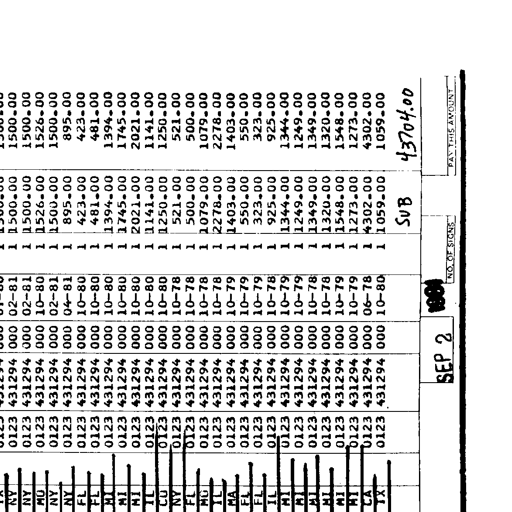
NY 0123 431294 000 02-81 1 1500.00 1500.00
NY 0123 431294 000 02-81 1 1500.00 1500.00
MO 0123 431294 000 10-80 1 1526.00 1526.00
NY 0123 431294 000 02-81 1 1500.00 1500.00
NY 0123 431294 000 04-81 1 895.00 895.00
FL 0123 431294 000 10-80 1 423.00 423.00
FL 0123 431294 000 10-80 1 481.00 481.00
MI 0123 431294 000 10-80 1 1394.00 1394.00
MI 0123 431294 000 10-80 1 1745.00 1745.00
MI 0123 431294 000 10-80 1 2021.00 2021.00
IL 0123 431294 000 10-80 1 1141.00 1141.00
CO 0123 431294 000 10-80 1 1250.00 1250.00
NY 0123 431294 000 10-78 1 521.00 521.00
FL 0123 431294 000 10-78 1 500.00 500.00
MO 0123 431294 000 10-78 1 1079.00 1079.00
IL 0123 431294 000 10-78 1 2278.00 2278.00
MA 0123 431294 000 10-79 1 1403.00 1403.00
FL 0123 431294 000 10-79 1 550.00 550.00
FL 0123 431294 000 10-79 1 323.00 323.00
IL 0123 431294 000 10-78 1 925.00 925.00
MI 0123 431294 000 10-79 1 1344.00 1344.00
MI 0123 431294 000 10-79 1 1249.00 1249.00
MI 0123 431294 000 10-78 1 1349.00 1349.00
MI 0123 431294 000 10-78 1 1320.00 1320.00
MI 0123 431294 000 10-79 1 1548.00 1548.00
MI 0123 431294 000 10-79 1 1273.00 1273.00
CA 0123 431294 000 06-78 1 4302.00 4302.00
TX 0123 431294 000 10-80 1 1059.00 1059.00
SUB 43704.00
SEP 2 1981 NO. OF SIGNS PAY THIS AMOUNT